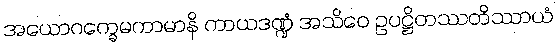
အယောဂက္ခေမကာမာနိ ကာယဒဏ္ဍံ အသိဝေ ဥပဋ္ဌိတဿတိဿာယံ